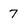
Character: 7